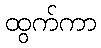
ထွက်ကာ